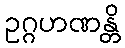
ဥဂ္ဂဟဏန္တိ